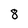
Character: 8